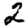
Digit: 2